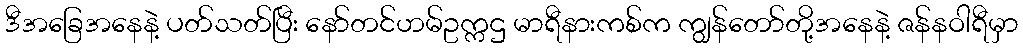
ဒီအခြေအနေနဲ့ ပတ်သတ်ပြီး နော်တင်ဟမ်ဥက္ကဌ မာရီနားကစ်က ကျွန်တော်တို့အနေနဲ့ ဇန်နဝါရီမှာ